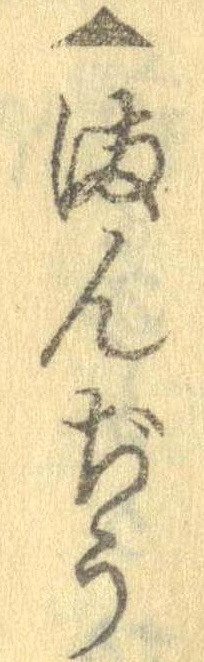
▲まんぢう